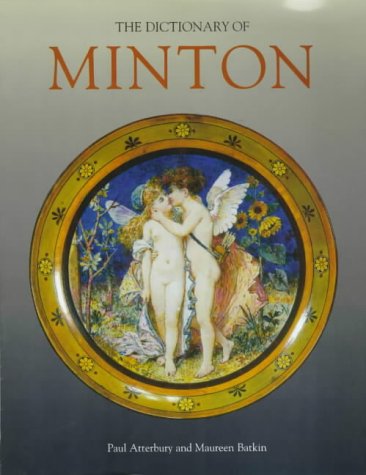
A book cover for The Dictionary of Minton; Paul J. Atterbury; Crafts, Hobbies & Home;